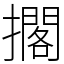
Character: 擱